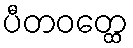
ပီတဝတ္ထေ